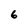
Character: 6